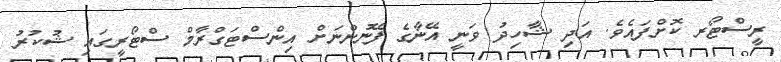
ރީސްޓޯރ ކޮށްފައެވެ. އަދި ޝާހިދު ވަނީ އޭނާގެ ފޭނުންނަށް އިންސްޓަގްރާމް ސްޓޯރީގައި ޝުކުރު